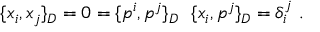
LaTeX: \{ x _ { i } , x _ { j } \} _ { D } = 0 = \{ p ^ { i } , p ^ { j } \} _ { D } \, \, \, \, \{ x _ { i } , p ^ { j } \} _ { D } = \delta _ { i } ^ { j } \, \, .